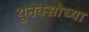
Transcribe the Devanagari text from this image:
युनेक्सोच्या